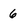
Character: 6